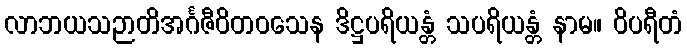
လာဘယသဉာတိအင်္ဂဇီဝိတဝသေန ဒိဋ္ဌပရိယန္တံ သပရိယန္တံ နာမ။ ဝိပရီတံ